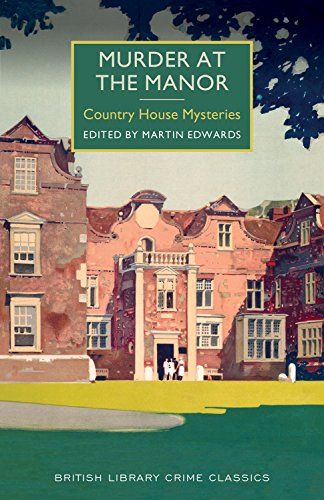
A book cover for Murder at the Manor: A British Library Crime Classic (British Library Crime Classics); Mystery, Thriller & Suspense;